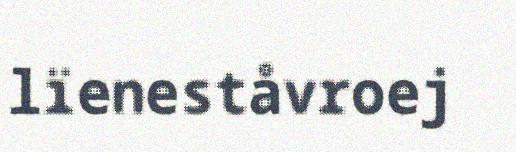
lïeneståvroej